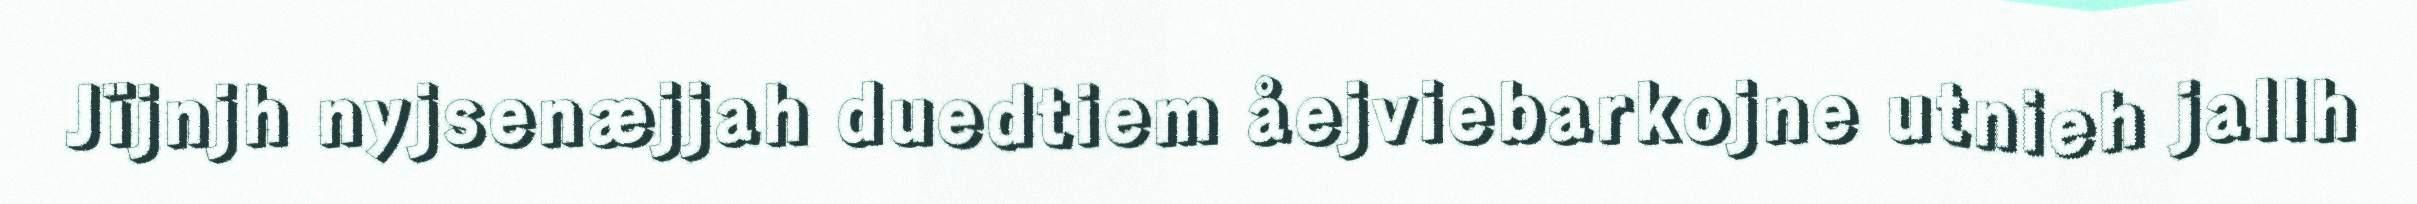
Jïjnjh nyjsenæjjah duedtiem åejviebarkojne utnieh jallh